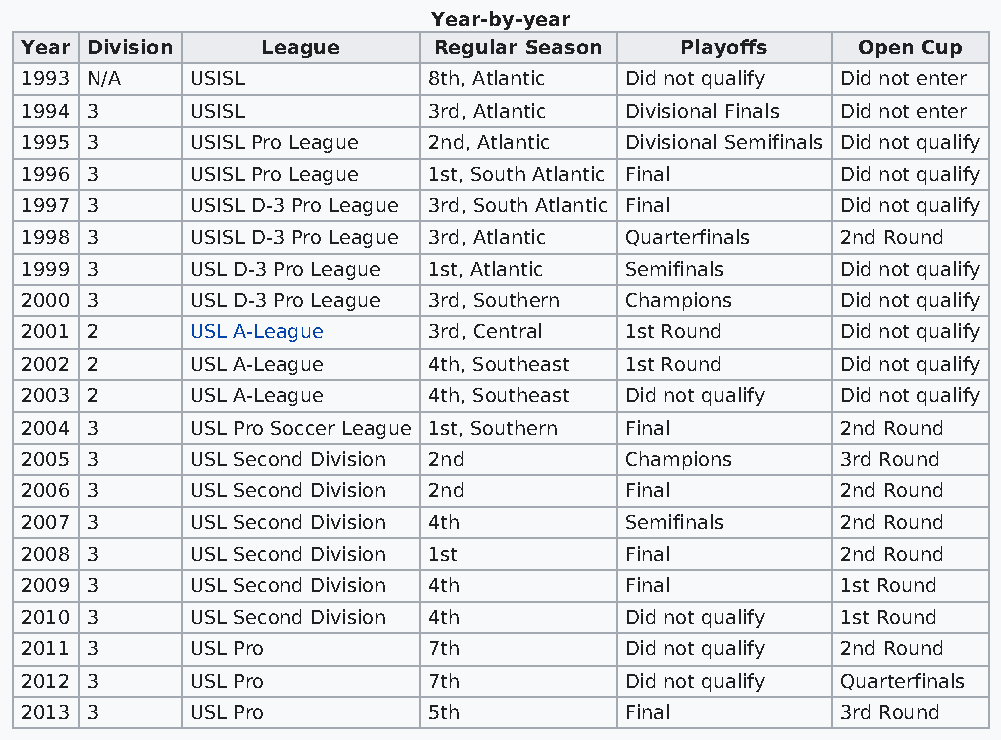
Year-by-year
 Year Division   League      Regular Season  Playoffs    Open Cup
 1993 N/A    USISL          8th, Atlantic Did not qualify Did not enter
 1994 3      USISL          3rd, Atlantic Divisional Finals Did not enter
 1995 3      USISL Pro League 2nd, Atlantic Divisional Semifinals Did not qualify
 1996 3      USISL Pro League 1st, South Atlantic Final Did not qualify
 1997 3      USISL D-3 Pro League 3rd, South Atlantic Final Did not qualify
 1998 3      USISL D-3 Pro League 3rd, Atlantic Quarterfinals 2nd Round
 1999 3      USL D-3 Pro League 1st, Atlantic Semifinals Did not qualify
 2000 3      USL D-3 Pro League 3rd, Southern Champions Did not qualify
 2001 2      USL A-League   3rd, Central 1st Round      Did not qualify
 2002 2      USL A-League   4th, Southeast 1st Round    Did not qualify
 2003 2      USL A-League   4th, Southeast Did not qualify Did not qualify
 2004 3      USL Pro Soccer League 1st, Southern Final  2nd Round
 2005 3      USL Second Division 2nd     Champions      3rd Round
 2006 3      USL Second Division 2nd     Final          2nd Round
 2007 3      USL Second Division 4th     Semifinals     2nd Round
 2008 3      USL Second Division 1st     Final          2nd Round
 2009 3      USL Second Division 4th     Final          1st Round
 2010 3      USL Second Division 4th     Did not qualify 1st Round
 2011 3      USL Pro        7th          Did not qualify 2nd Round
 2012 3      USL Pro        7th          Did not qualify Quarterfinals
 2013 3      USL Pro        5th          Final          3rd Round